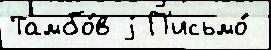
Тамбо́в j П'исьмо́